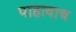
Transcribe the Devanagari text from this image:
पाहावाच